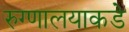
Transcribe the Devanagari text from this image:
रुग्णालयाकडे